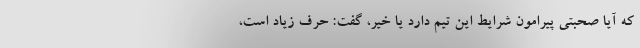
که آیا صحبتی پیرامون شرایط این تیم دارد یا خیر، گفت: حرف زیاد است،